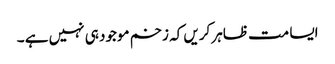
ایسا مت ظاہر کریں کہ زخم موجود ہی نہیں ہے ۔